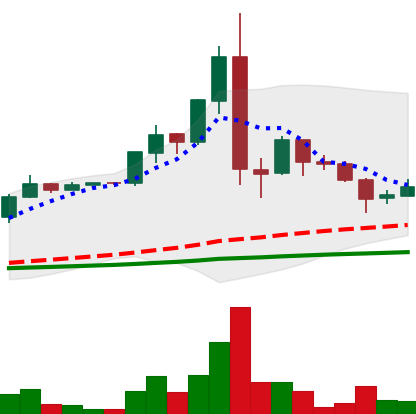
Ticker: LTC-USD
Chart end date: 2015-07-18
Forward return: -5.433%
Label: down_5_7